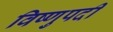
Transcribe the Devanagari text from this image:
विष्णुपदी